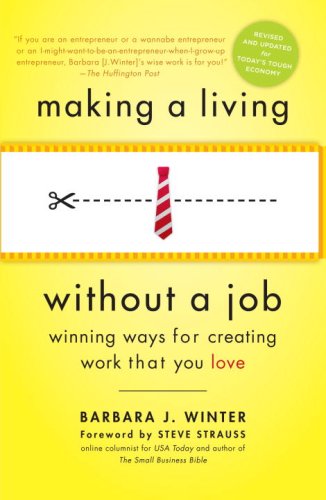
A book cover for Making a Living Without a Job, revised edition: Winning Ways for Creating Work That You Love; Barbara Winter; Business & Money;